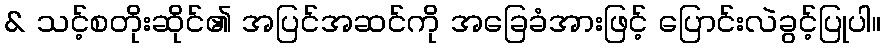
& သင့်စတိုးဆိုင်၏ အပြင်အဆင်ကို အခြေခံအားဖြင့် ပြောင်းလဲခွင့်ပြုပါ။